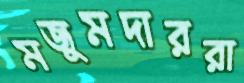
মজুমদাররা